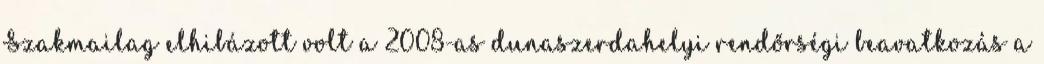
Szakmailag elhibázott volt a 2008-as dunaszerdahelyi rendőrségi beavatkozás a